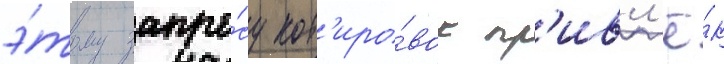
э́тому запро́су кот'иро́вок пр'ивл'ё́к